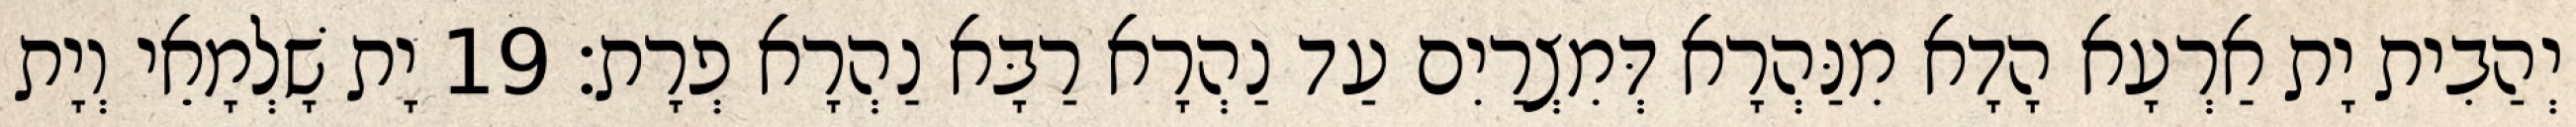
יְהַבִית יָת אַרְעָא הָדָא מִנַּהְרָא דְּמִצְרַיִם עַד נַהְרָא רַבָּא נַהְרָא פְרָת׃ 19 יָת שָׁלְמָאֵי וְיָת